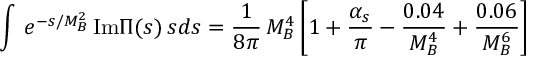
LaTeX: \int \, e ^ { - s / M _ { B } ^ { 2 } } \, \mathrm { I m } \Pi ( s ) \, s d s = \frac { 1 } { 8 \pi } \, M _ { B } ^ { 4 } \left[ 1 + \frac { \alpha _ { s } } { \pi } - \frac { 0 . 0 4 } { M _ { B } ^ { 4 } } + \frac { 0 . 0 6 } { M _ { B } ^ { 6 } } \right]